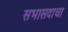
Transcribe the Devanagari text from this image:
सभासदाचा